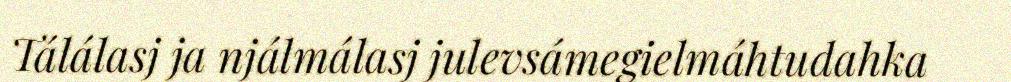
Tálálasj ja njálmálasj julevsámegielmáhtudahka